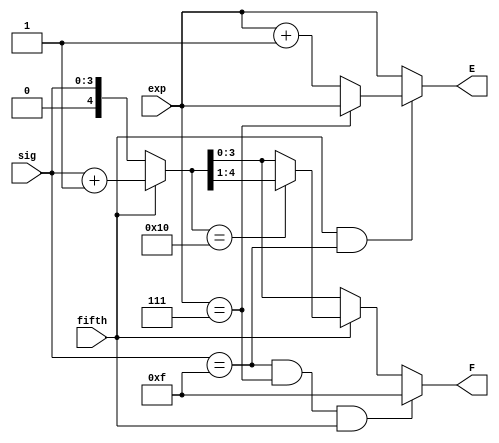
`timescale 1ns / 1ps
//////////////////////////////////////////////////////////////////////////////////
// Company:
// Engineer:
//
// Design Name:
// Module Name:    rounding 
// Project Name:
// Target Devices:
// Tool versions:
// Description:
//
// Dependencies:
//
// Revision:
// Revision 0.01 - File Created
// Additional Comments:
//
//////////////////////////////////////////////////////////////////////////////////
module rounding(
    input [2:0] exp,
    input [3:0] sig,
    input fifth,
    output [2:0] E,
    output [3:0] F
    );

wire [2:0] temp_exp;// = exp;
wire [4:0] temp_sig;// = sig;
wire [4:0] temp_temp_sig;

assign temp_exp = (fifth == 1 && sig == 4'b1111) ? ((exp == 3'b111) ? exp : exp + 1) : exp;
assign temp_sig = (fifth == 1) ?  sig + 1 : sig;
assign temp_temp_sig = (fifth == 1) ? ((temp_sig == 5'b10000) ? temp_sig >> 1 : temp_sig) : temp_sig;

assign E = temp_exp;
assign F = (sig == 4'b1111 && exp == 3'b111 && fifth == 1'b1) ? 4'b1111 : temp_temp_sig[3:0];
endmodule